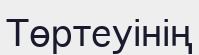
Төртеуінің